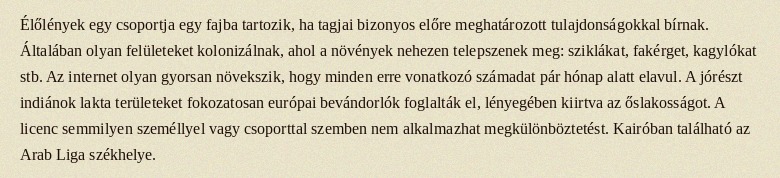
Élőlények egy csoportja egy fajba tartozik, ha tagjai bizonyos előre meghatározott tulajdonságokkal bírnak. Általában olyan felületeket kolonizálnak, ahol a növények nehezen telepszenek meg: sziklákat, fakérget, kagylókat stb. Az internet olyan gyorsan növekszik, hogy minden erre vonatkozó számadat pár hónap alatt elavul. A jórészt indiánok lakta területeket fokozatosan európai bevándorlók foglalták el, lényegében kiirtva az őslakosságot. A licenc semmilyen személlyel vagy csoporttal szemben nem alkalmazhat megkülönböztetést. Kairóban található az Arab Liga székhelye.